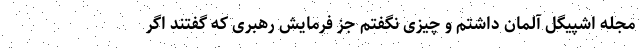
مجله اشپیگل آلمان داشتم و چیزی نگفتم جز فرمایش رهبری که گفتند اگر